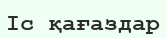
Іс қағаздар